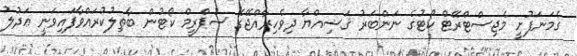
ގެމަނަފުށީ މެޖިސްޓްރޭޓް ކޯޓުގެ ނަންބަރު ޤަޟިއްޔާ ދިވެހިރާއްޖޭގެ ސުޕްރީމް ކޯޓުން ބާޠިލުކުރައްވާފައިވަނީ ޢަދުލު